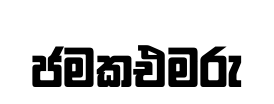
ජමකඑමරු